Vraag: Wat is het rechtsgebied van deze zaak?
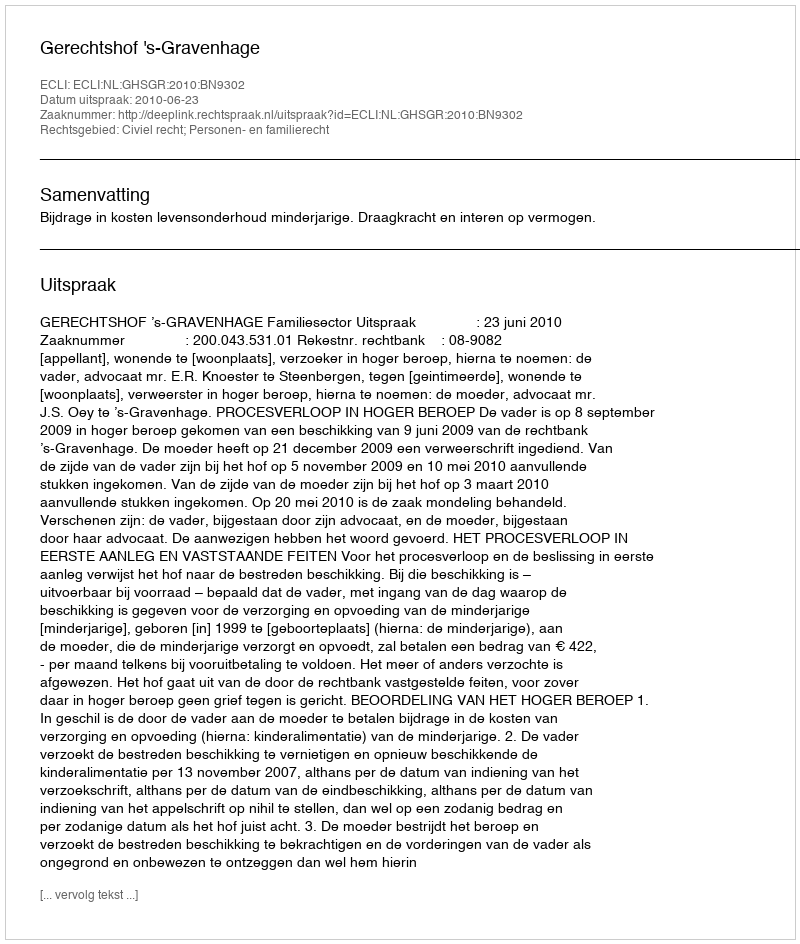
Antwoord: Civiel recht; Personen- en familierecht